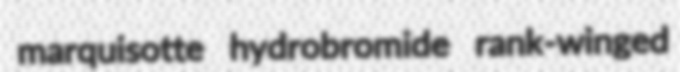
marquisotte hydrobromide rank-winged